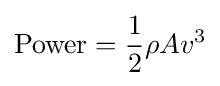
\mathrm {Power} ={\frac {1}{2}}\rho Av^{3}